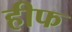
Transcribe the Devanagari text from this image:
हीफ